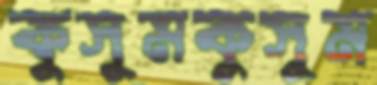
কুসুমকুসুম